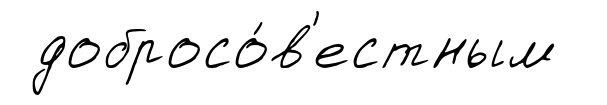
добросо́в'естным